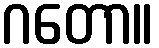
ဂတော။